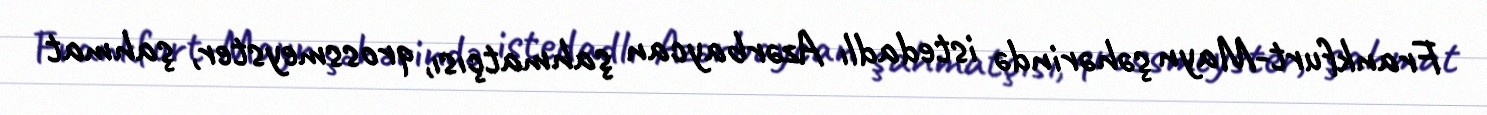
Frankfurt-Mayn şəhərində istedadlı Azərbaycan şahmatçısı, qrossmeyster, şahmat